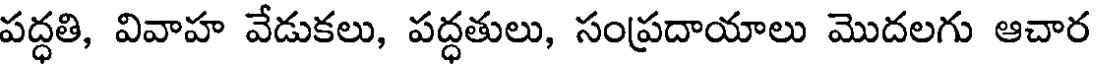
పద్ధతి, వివాహ వేడుకలు, పద్ధతులు, సంప్రదాయాలు మొదలగు ఆచార